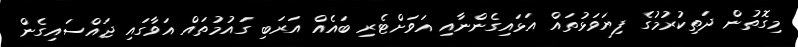
މިގޮތުން ދަތިކުރުމުގެ ފިޔަވަޅުތައް އަޅައިގެންނާއި އަވަށްޓެރި ބައެއް އަރަބި ގައުމުތައް އަވާގައި ޖައްސައިގެން